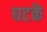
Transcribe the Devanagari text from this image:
घटकें